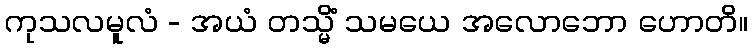
ကုသလမူလံ - အယံ တသ္မိံ သမယေ အလောဘော ဟောတိ။